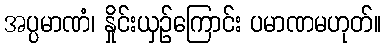
အပ္ပမာဏံ၊ နှိုင်းယှဉ်ကြောင်း ပမာဏမဟုတ်။